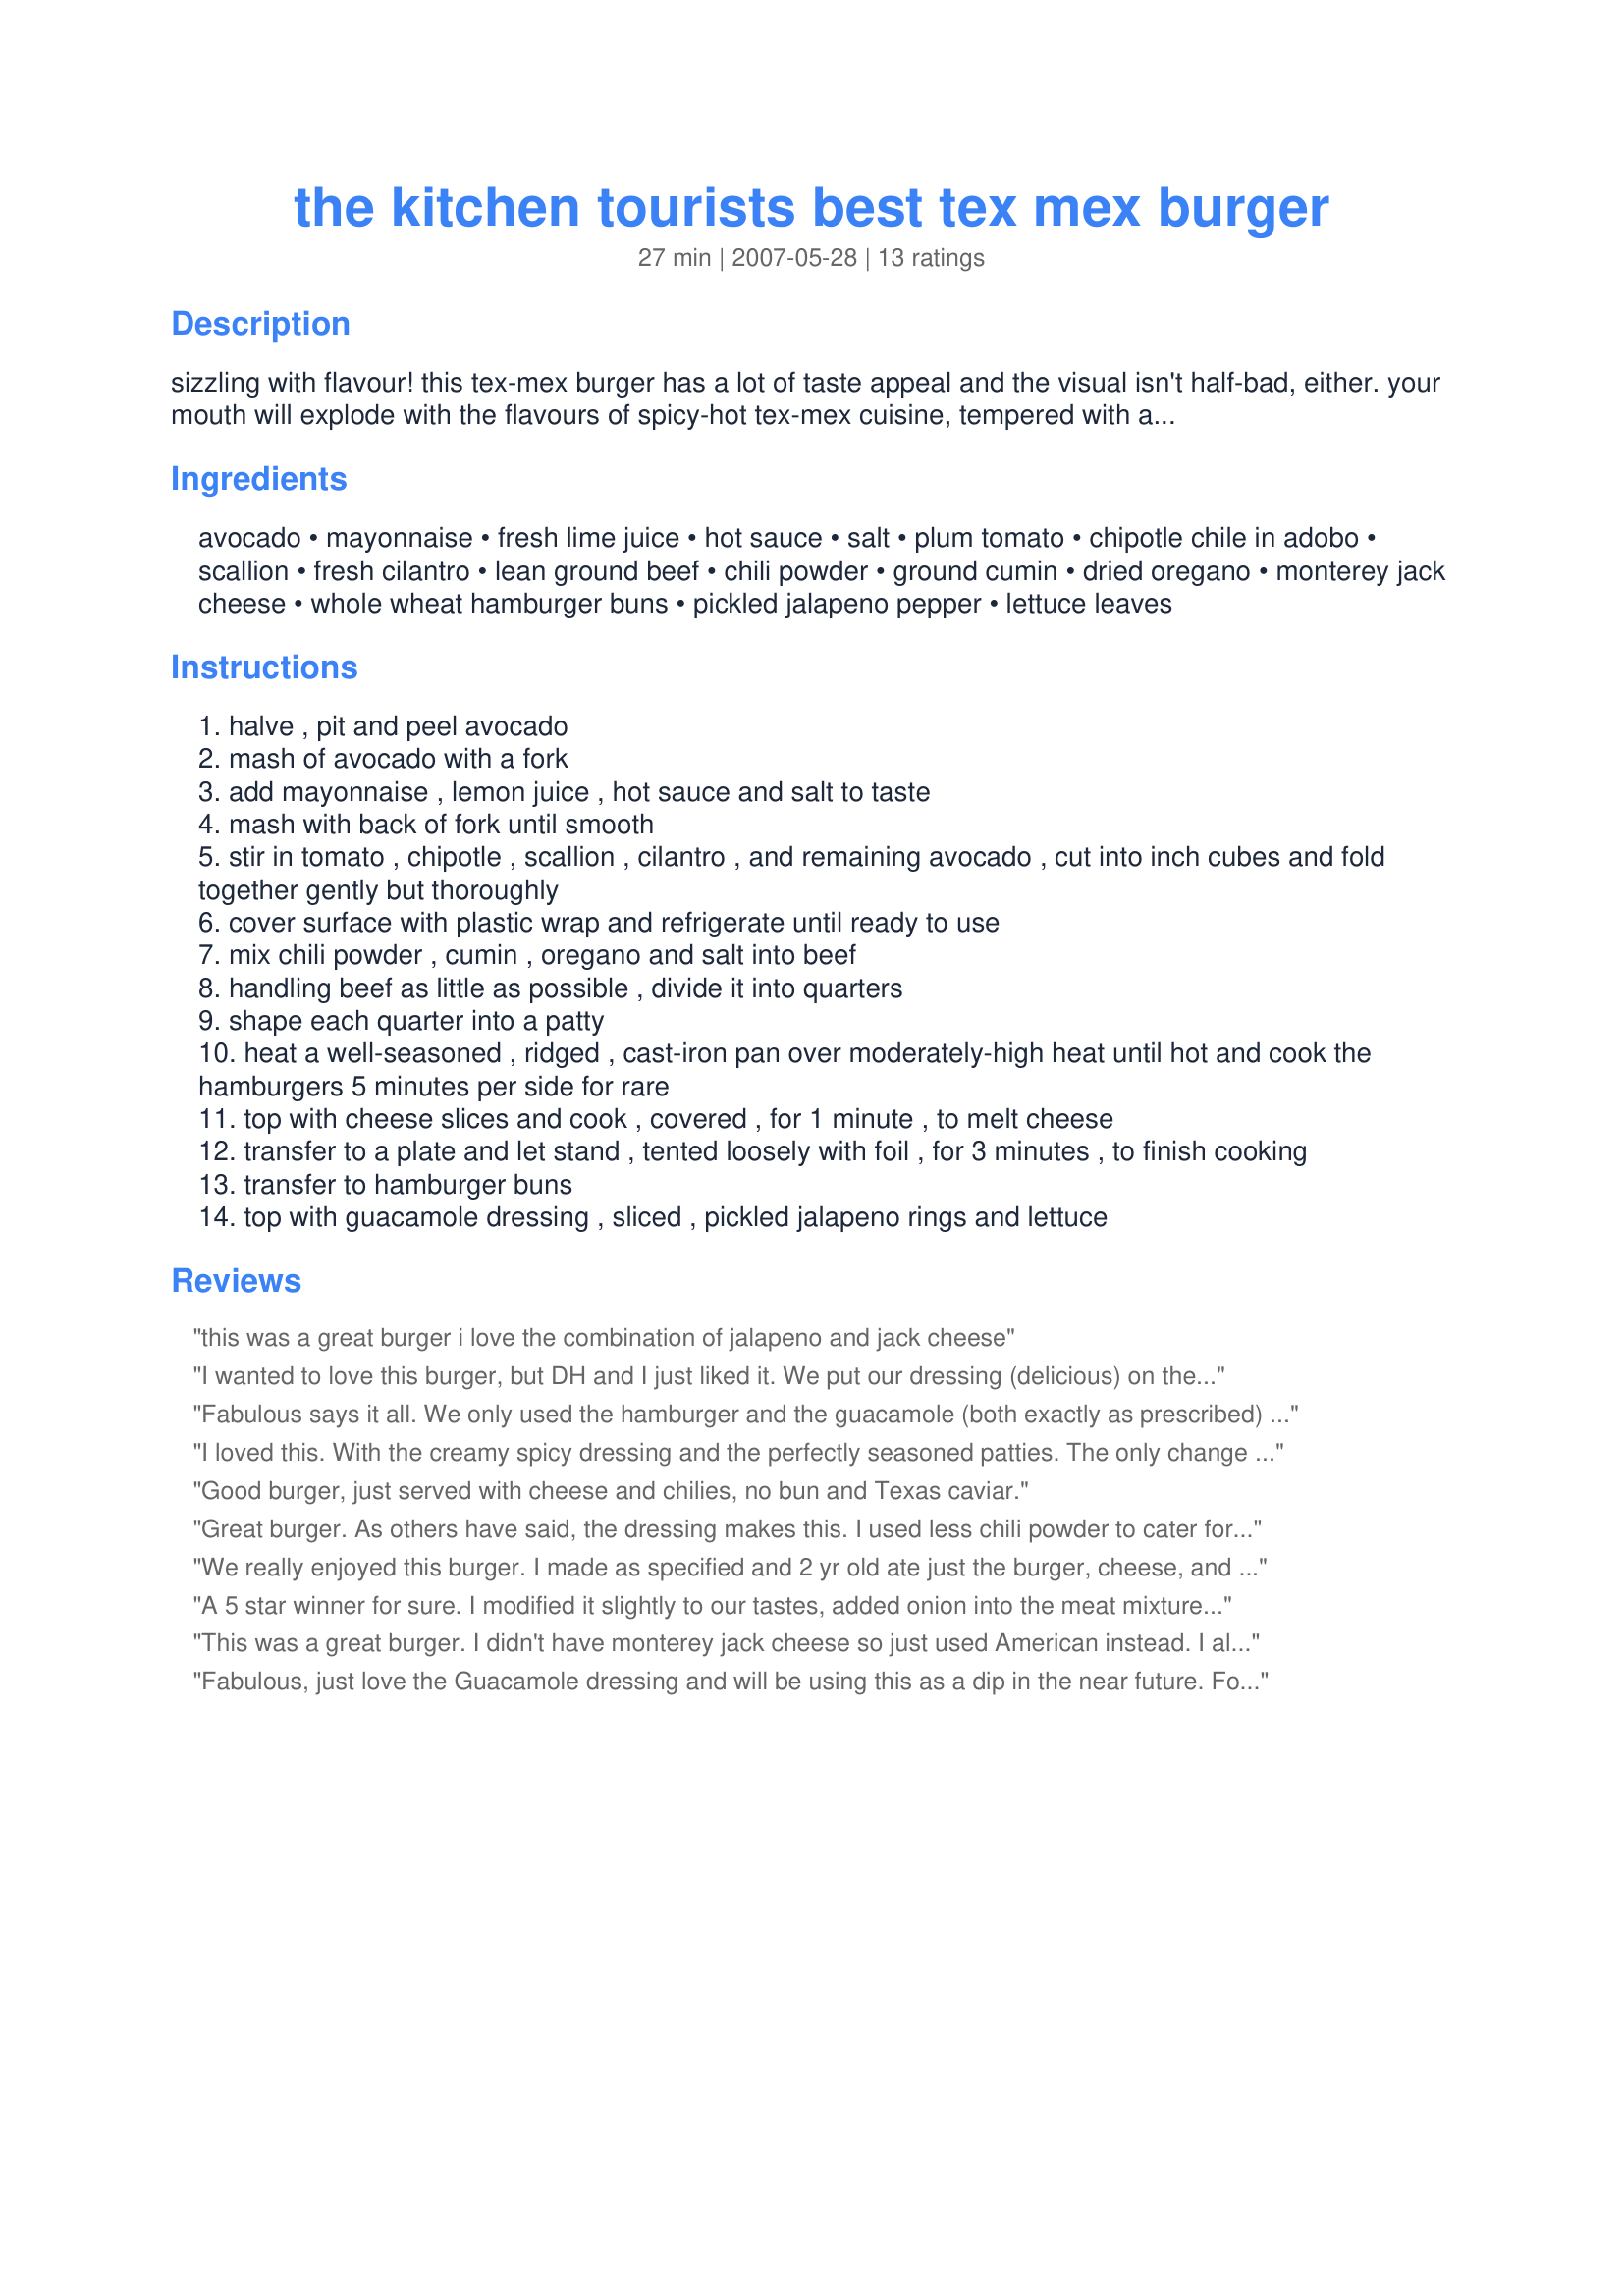
the kitchen tourists best tex mex burger
Preparation time: 27 minutes

sizzling with flavour! this tex-mex burger has a lot of taste appeal and the visual isn't half-bad, either. your mouth will explode with the flavours of spicy-hot tex-mex cuisine, tempered with a guacamole dressing. members of the kitchen tourists suggested ingredients suitable for this delectable treat and so: ed&theresa - avocado; muffin goddess - lime; ma hiker - hot sauce; fluffernutter - chipotle in adobo; melody ashcraft - tomato; mandy from oz - scallions; laffer - cilantro; ms.susan - chili powder; tansgram - monterey jack cheese; and i provided the pickled jalapeno rings as per recipe #170474. i'm sure you'll agree that these ingredients all came together sublimely to make the best burger ever. i would also like to thank rita l, without whom this burger would just not have been possible. if rita hadn't sent me a tin of chipotle in adobo last fall, and if i hadn't frozen what i hadn't used then, this burger would just not have been possible! thank you rita!!! (this recipe is based on one i have already posted but seriously adapted)

Ingredients:
avocado, mayonnaise, fresh lime juice, hot sauce, salt, plum tomato, chipotle chile in adobo, scallion, fresh cilantro, lean ground beef, chili powder, ground cumin, dried oregano, monterey jack cheese, whole wheat hamburger buns, pickled jalapeno pepper, lettuce leaves

Steps:
halve , pit and peel avocado
mash of avocado with a fork
add mayonnaise , lemon juice , hot sauce and salt to taste
mash with back of fork until smooth
stir in tomato , chipotle , scallion , cilantro , and remaining avocado , cut into inch cubes and fold together gently but thoroughly
cover surface with plastic wrap and refrigerate until ready to use
mix chili powder , cumin , oregano and salt into beef
handling beef as little as possible , divide it into quarters
shape each quarter into a patty
heat a well-seasoned , ridged , cast-iron pan over moderately-high heat until hot and cook the hamburgers 5 minutes per side for rare
top with cheese slices and cook , covered , for 1 minute , to melt cheese
transfer to a plate and let stand , tented loosely with foil , for 3 minutes , to finish cooking
transfer to hamburger buns
top with guacamole dressing , sliced , pickled jalapeno rings and lettuce

Reviews:
this was a great burger i love the combination of jalapeno and jack cheese
I wanted to love this burger, but DH and I just liked it. We put our dressing (delicious) on the bottom of the bun and the result was almost too messy to eat. For some reason I wasn't thrilled about the seasonings in the burger because it tasted more like a taco than a burger. When I try this again, I will use some different spices in the burger, if any. The dressing makes this burger.
Fabulous says it all. We only used the hamburger and the guacamole (both exactly as prescribed) and it was plenty spicy enough for us. Served the hamburger on the plate with a simple spinach salad and let each person add the guacamole sauce as desired. By leaving out the bun and cheese, we saved some calories and the mess of the guacamole squeezing out.
I loved this. With the creamy spicy dressing and the perfectly seasoned patties. The only change was I used baby spinach in place of the lettuce. I did serve it with the spread on the bottom But highly suggest it on top of the burger. This was messy and finger licking Great!
Good burger, just served with cheese and chilies, no bun and Texas caviar.
Great burger. As others have said, the dressing makes this. I used less chili powder to cater for our heat sufferers. Chipotle chiles do not exist in Australia, so I followed Jewelies hint. Made and enjoyed for Zaar World Tour.
We really enjoyed this burger. I made as specified and 2 yr old ate just the burger, cheese, and bun dipped in ketchup. DH and I made as written. I usually don't like things to spicy and the canned pickled jalapenos definitely made it spicy, but I still enjoyed it. My DH thought the cilantro in the guac made the burger. My only change would be to eliminate the oregano next time as it created a bit of an aftertaste for me.
A 5 star winner for sure. I modified it slightly to our tastes, added onion into the meat mixture & served with caramelized onions & capsicums, used crushed chilli in place of chipotle. It may be just an Aussie thing but I think that the addition of tomato salsa, sauce or chutney would be a nice touch too but great just the same!
This was a great burger. I didn't have monterey jack cheese so just used American instead. I also added more chipotle peppers than the recipe called for. This was a great way to start the grillin' season off! I will definitely make these again!
Fabulous, just love the Guacamole dressing and will be using this as a dip in the near future. For any Aussies/Kiwi's I substituted the chipotle in adobo with 1 tablespoon of ketchup mixed with 1/2 teaspoon liquid smoke and a teaspoon of jarred pickled jalapenos. For the chili powder in the burger mix I used a dried chipotle powder that I purchased online in Australia. The result was a fabulous, smoky, flavoursome burger. Well done Kitchen Tourists.
*LOVED IT* Seriously, this is an awesome burger. I accidentally added a tad too much chili powder, but that wasn't too serious. The Guacamole is pure genius! I could have eaten it with a spoon it was so tastey. Next time I may add a bit more chipotle. I used a thick slice of sharp white cheddar for the cheese. I think the jalapenos really completed this burger. Everything went together so nicely that I would not leave anything out when making it. Thanks for sharing. Nick's Mom
4 stars 'cos I could not get all the ingredients here in Australia so I really could not make it as true to the recipe as I would have liked e.g. there are no chipotles to be seen in this city and for hot sauce I used tabasco - but it did taste terrific and the vegetarians even tried a bit !! It was very easy to prepare - I put the guacamole on the roll and again on top of the meat and it was delicious - so my congrats to the Kitchen Tourists !!
This is a SERIOUSLY delicious burger! I loved the avocado chipotle slasa...creamy and refreshing but hot!
